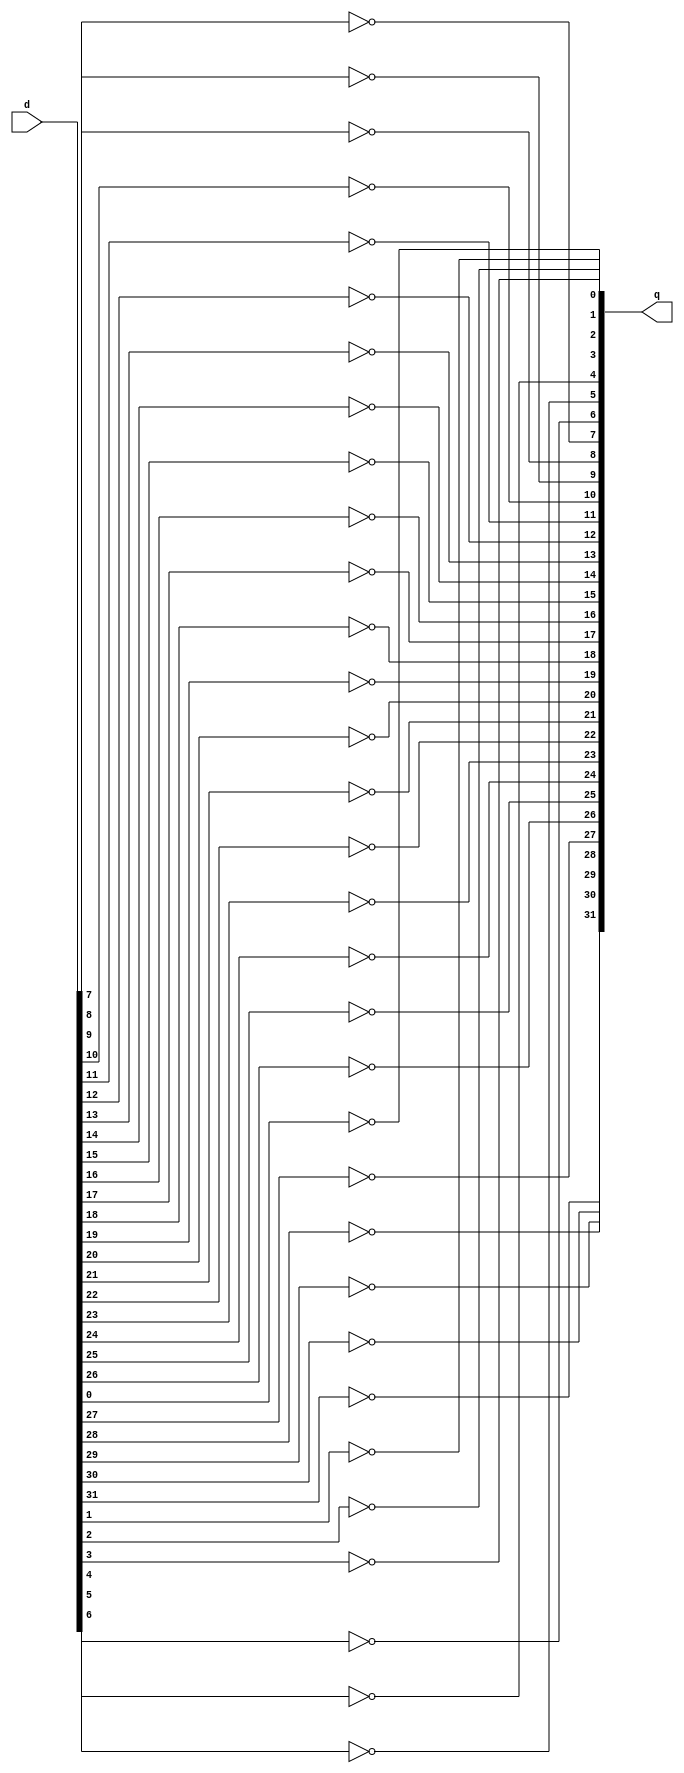
module NotOperation(input [31:0] d,output reg [31:0] q);
	integer i;
	always @ (*) 
		begin
			for (i=0; i<32; i=i+1) 
			begin
				q[i] = !(d[i]);
			end
		end	
endmodule